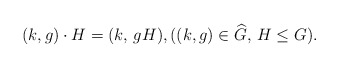
\begin{align*} (k, g) \cdot H = (k,\, g H),((k, g) \in \widehat{G},\, H\leq G).\end{align*}